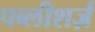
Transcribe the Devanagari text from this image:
पब्लीशर्ज़